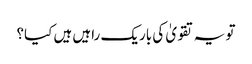
تو یہ تقویٰ کی باریک راہیں ہیں کیا؟